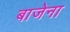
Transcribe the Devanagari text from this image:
बाजेना